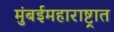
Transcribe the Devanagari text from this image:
मुंबईमहाराष्ट्रात